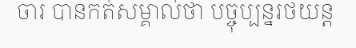
ចារ បានកត់សម្គាល់ថា បច្ចុប្បន្នរថយន្ត